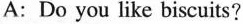
A: Do you like biscuits?